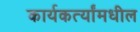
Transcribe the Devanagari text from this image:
कार्यकर्त्यांमधील